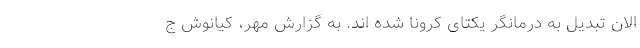
الان تبدیل به درمانگر یکتای کرونا شده اند. به گزارش مهر، کیانوش ج